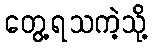
တွေ့ရသကဲ့သို့